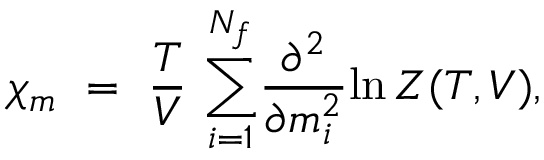
{ { \chi } _ { m } } ~ = ~ { \frac { T } { V } } ~ { \sum _ { i = 1 } ^ { N _ { f } } } { \frac { \partial ^ { 2 } } { \partial m _ { i } ^ { 2 } } } { \ln { \cal { Z } ( T , V ) } } ,